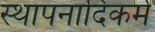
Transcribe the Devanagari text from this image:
स्थापनादिकर्म